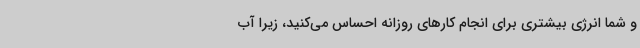
و شما انرژی بیشتری برای انجام کارهای روزانه احساس می‌کنید، زیرا آب